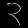
Digit: ၃